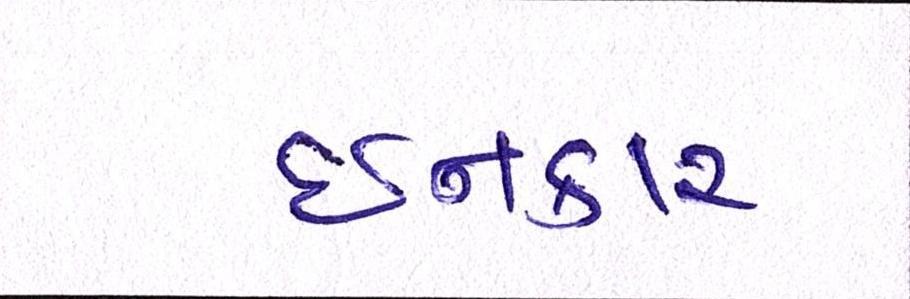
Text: ઈનકાર